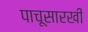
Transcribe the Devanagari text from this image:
पाचूसारखी